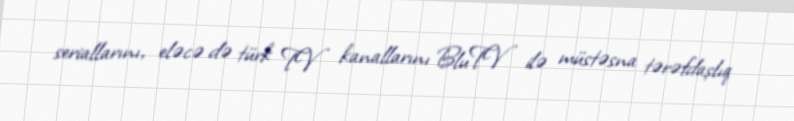
seriallarını, eləcə də türk TV kanallarını BluTV ilə müstəsna tərəfdaşlıq